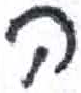
אות: ה